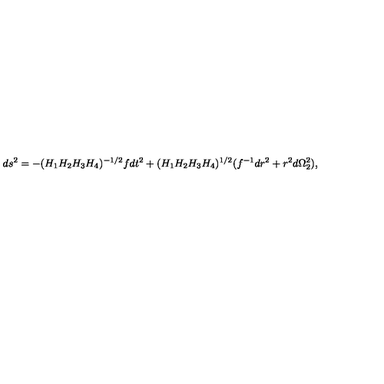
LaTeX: d s ^ { 2 } = - ( H _ { 1 } H _ { 2 } H _ { 3 } H _ { 4 } ) ^ { - 1 / 2 } f d t ^ { 2 } + ( H _ { 1 } H _ { 2 } H _ { 3 } H _ { 4 } ) ^ { 1 / 2 } ( f ^ { - 1 } d r ^ { 2 } + r ^ { 2 } d \Omega _ { 2 } ^ { 2 } ) ,